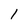
Character: 1